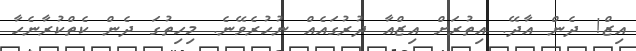
އިޒް! ދެން އާދޭ. އިތުރަށް އިޒްއާ ދުރުގައެއް ނުހުރެވޭނެ. މިހިތުގަ ދެން ކެތްކުރާނެހާ